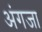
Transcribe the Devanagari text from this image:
अंगजा